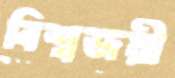
বিশ্বজয়ী